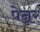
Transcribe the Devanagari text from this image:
पेन्नर